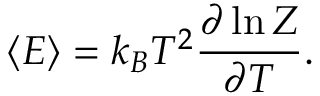
\langle E \rangle = k _ { B } T ^ { 2 } { \frac { \partial \ln Z } { \partial T } } .